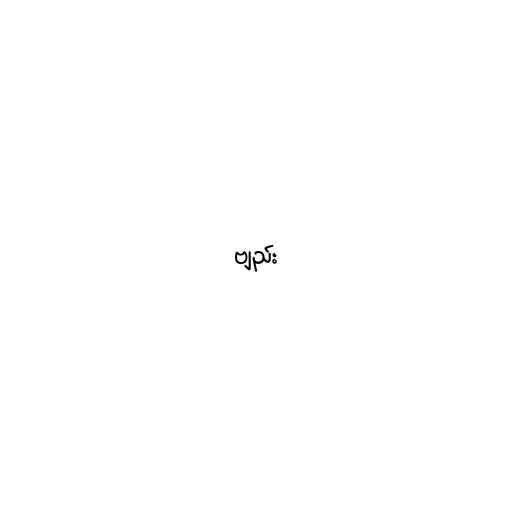
ဗျည်း